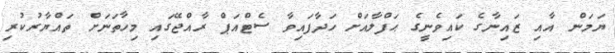
ޔަމަން އާއި ޒައިނާގެ ކައިވެނީގެ ޙަފްލާއަށް ހަދާފައިވާ ސެޓްއަޕް ރާއްޖޭގައި މިހާތަނަށް ތައްޔާރުކުރި